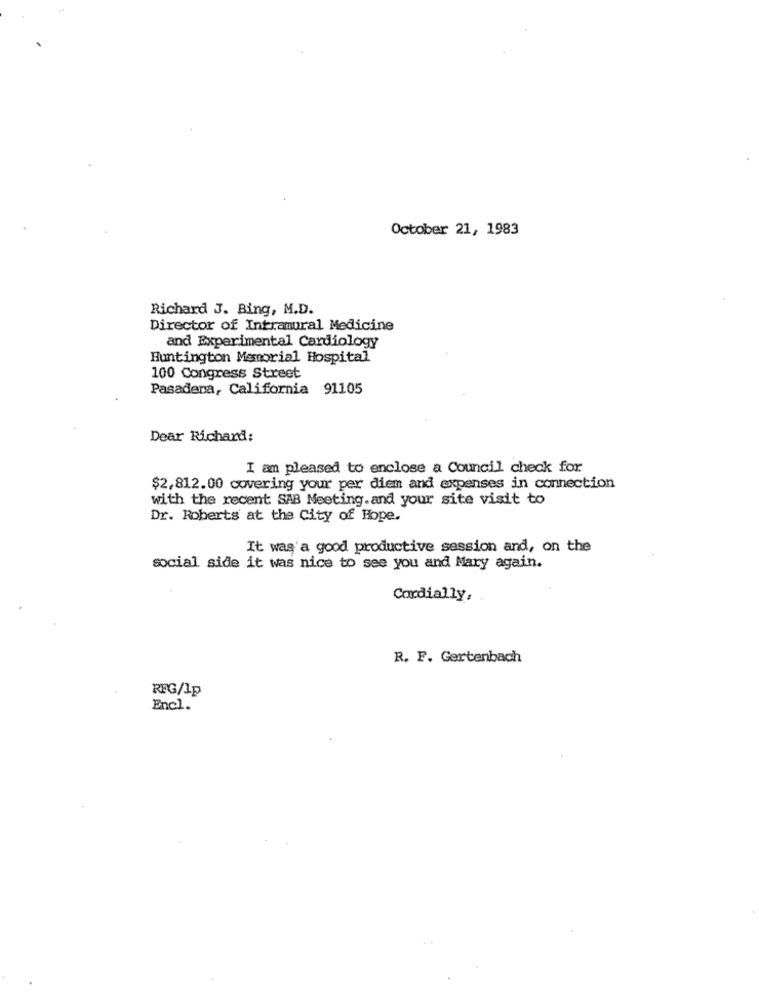
October 21, 1983
Richard J. Bing, M.D.
Director of Intramural Medicine
and Experimental Cardiology
Huntington Memorial Hospital
100 Congress Street
Pasadena, California 91105
Dear Richard:
I am pleased to enclose a Council check for
$2,812.00 covering your per diem and expenses in connection
with the recent SAB Meeting.and your site visit to
Dr. Roberts at the City of Hope.
It was a good productive session and, on the
social side it was nice to see you and Mary again.
Cordially,
R. F. Gertenbach
RFG/Ip
Encl.